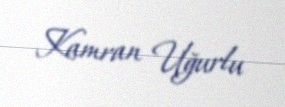
Kamran Uğurlu